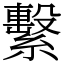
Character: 繫